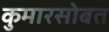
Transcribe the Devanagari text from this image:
कुमारसोबत